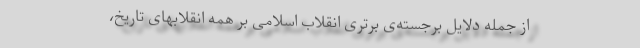
از جمله دلایل برجسته‌ی برتری انقلاب اسلامی بر همه انقلابهای تاریخ،